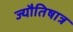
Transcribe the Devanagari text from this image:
ज्यौतिषात्र